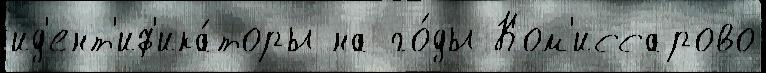
ид'ент'иф'ика́торы на го́ды Ком'иссарово